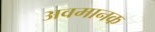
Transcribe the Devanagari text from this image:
अवमानक